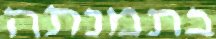
בתמנתה